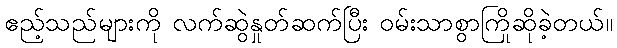
ဧည့်သည်များကို လက်ဆွဲနှုတ်ဆက်ပြီး ဝမ်းသာစွာကြိုဆိုခဲ့တယ်။